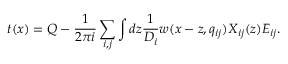
t ( x ) = Q - \frac { 1 } { 2 \pi i } \sum _ { i , j } \int d z \frac { 1 } { D _ { i } } w ( x - z , q _ { i j } ) X _ { i j } ( z ) E _ { i j } . \nonumber